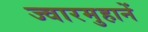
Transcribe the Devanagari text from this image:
ज्वारमुहानें